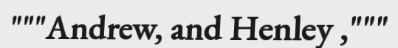
"""Andrew, and Henley ,"""